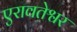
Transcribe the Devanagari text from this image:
एरावतेश्वर